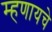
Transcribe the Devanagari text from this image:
म्‍हणायचे